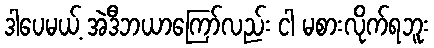
ဒါပေမယ့် အဲဒီဘယာကြော်လည်း ငါ မစားလိုက်ရဘူး